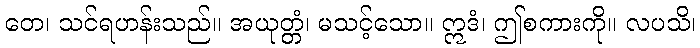
တေ၊ သင်ရဟန်းသည်။ အယုတ္တံ၊ မသင့်သော။ ဣဒံ၊ ဤစကားကို။ လပသိ၊